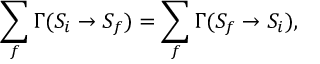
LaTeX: \sum _ { f } \Gamma ( S _ { i } \to S _ { f } ) = \sum _ { f } \Gamma ( S _ { f } \to S _ { i } ) ,